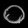
Digit: ၀